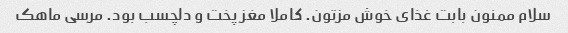
سلام ممنون بابت غذای خوش مزتون. کاملا مغز پخت و دلچسب بود. مرسی ماهک